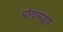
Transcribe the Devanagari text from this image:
प्रोग्रामद्वारे